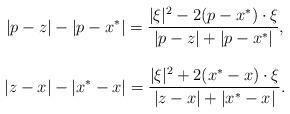
LaTeX: \begin{align*}\begin{array}{c}\displaystyle\vert p-z\vert-\vert p-x^*\vert=\frac{\vert\xi\vert^2-2(p-x^*)\cdot\xi}{\vert p-z\vert+\vert p-x^*\vert},\\\\\displaystyle\vert z-x\vert-\vert x^*-x\vert=\frac{\vert\xi\vert^2+2(x^*-x)\cdot\xi}{\vert z-x\vert+\vert x^*-x\vert}.\end{array}\end{align*}